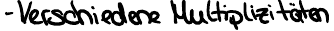
- Verschiedene Multiplizitäten